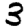
Digit: 3